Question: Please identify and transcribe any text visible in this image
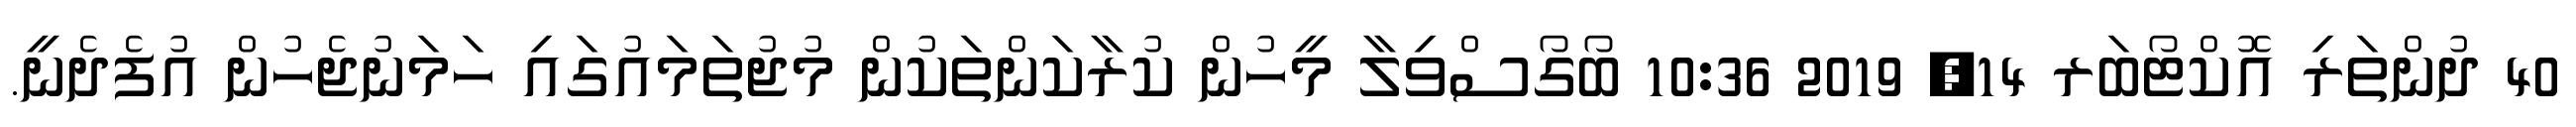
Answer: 40 ދުންތަރި އޮކްޓޯބަރ 14, 2019 10:36 ބޯގޯސްވިލާ މީހުން ކުރާކަންތަކުން މުޖުތަމައުގައި ހަމަނުޖެހުން އުފެދެނީ.